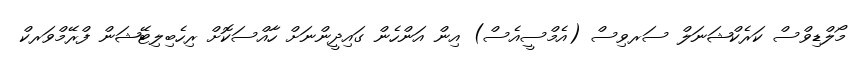
މޯލްޑިވްސް ކަރެކްޝަނަލް ސަރވިސް (އެމްސީއެސް) އިން އަންހެން ގައިދީންނަށް ހާއްސަކޮށް ރިހެބިލިޓޭޝަން ފްރޭމްވަރކް